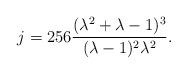
LaTeX: \begin{align*}j = 256\frac{(\lambda^2 + \lambda -1)^3}{(\lambda-1)^2\lambda^2}.\end{align*}